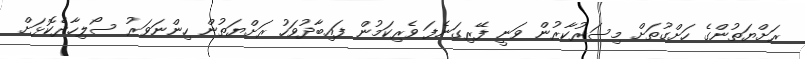
ރަށްޔަތުންގެ ހަށްގުތަށް މިސަރުކާރުން ވަނީ ފޭރިގަނެފަ ވެރިކަމުން ފައިބާދުވަހު ރަށްޔަތުން ހިންނަވަރު ސޯލިހާދެކޮޅަށް